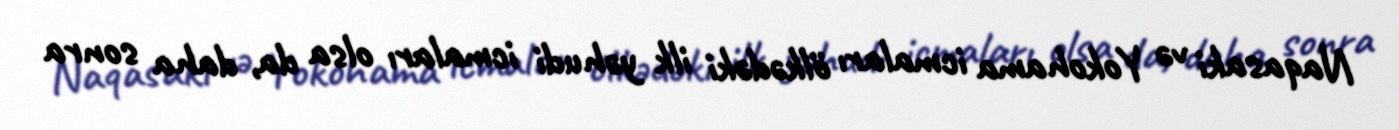
Naqasaki və Yokohama icmaları ölkədəki ilk yəhudi icmaları olsa da, daha sonra